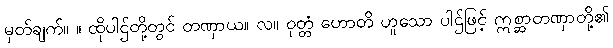
မှတ်ချက်။ ။ ထိုပါဌ်တို့တွင် တဏှာယ။ လ။ ဝုတ္တံ ဟောတိ ဟူသော ပါဌ်ဖြင့် ဣစ္ဆာတဏှာတို့၏